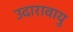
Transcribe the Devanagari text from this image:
उदारावायु